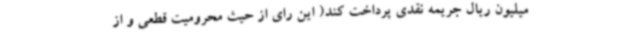
میلیون ریال جریمه نقدی پرداخت کند( این رای از حیث محرومیت قطعی و از